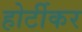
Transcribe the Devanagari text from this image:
होर्टीकर